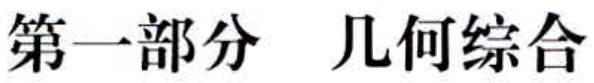
第一部分  几何综合